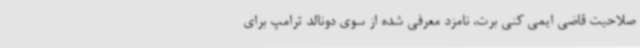
صلاحیت قاضی ایمی کنی برت، نامزد معرفی شده از سوی دونالد ترامپ برای